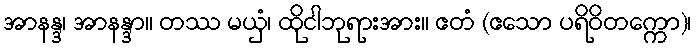
အာနန္ဒ၊ အာနန္ဒာ။ တဿ မယှံ၊ ထိုငါဘုရားအား။ ဧတံ (ဧသော ပရိဝိတက္ကော)၊